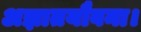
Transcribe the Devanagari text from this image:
अज्ञातयौवना।